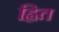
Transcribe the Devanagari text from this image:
ह्वित